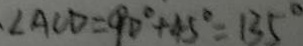
\angle A C D = 9 0 ^ { \circ } + 4 5 ^ { \circ } = 1 3 5 ^ { \circ }